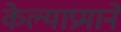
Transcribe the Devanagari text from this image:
केल्याप्रमाने